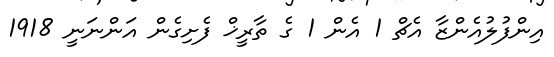
އިންފުލުއެންޒާ އެޗް 1 އެން 1 ގެ ތާރީޚް ފެށިގެން އަންނަނީ 1918